Annual administration report of the Civil Veterinary Department of India - 1899-1900
Year: 1899
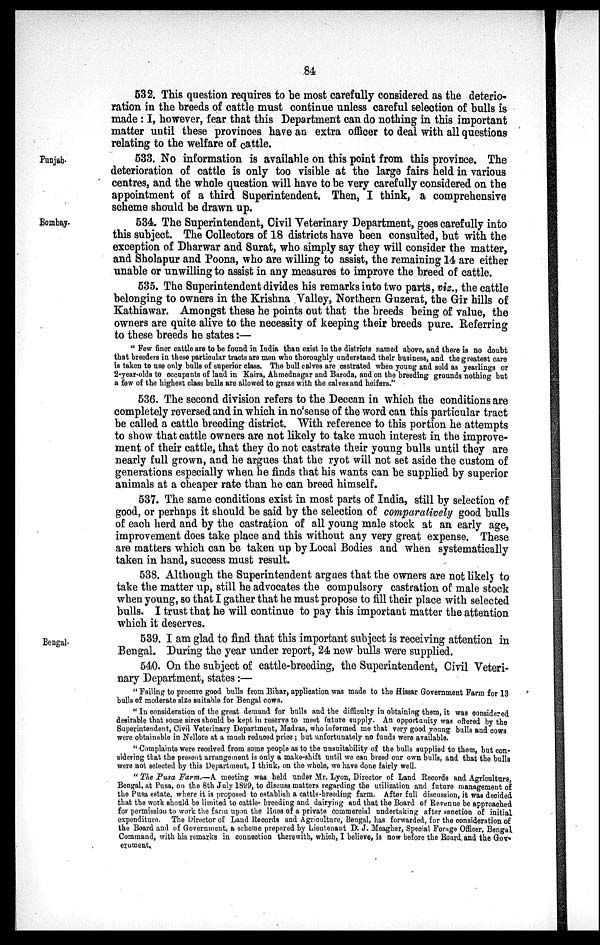
84
532. This question requires to be most carefully considered as the deterio-
ration in the breeds of cattle must continue unless careful selection of bulls is
made: I, however, fear that this Department can do nothing in this important
matter until these provinces have an extra officer to deal with all questions
relating to the welfare of cattle.
Punjab.
533. No information is available on this point from this province. The
deterioration of cattle is only too visible at the large fairs held in various
centres, and the whole question will have to be very carefully considered on the
appointment of a third Superintendent. Then, I think, a comprehensive
scheme should be drawn up.
Bombay.
534. The Superintendent, Civil Veterinary Department, goes carefully into
this subject. The Collectors of 18 districts have been consulted, but with the
exception of Dharwar and Surat, who simply say they will consider the matter,
and Sholapur and Poona, who are willing to assist, the remaining 14 are either
unable or unwilling to assist in any measures to improve the breed of cattle.
535. The Superintendent divides his remarks into two parts, viz., the cattle
belonging to owners in the Krishna Valley, Northern Guzerat, the Gir hills of
Kathiawar. Amongst these he points out that the breeds being of value, the
owners are quite alive to the necessity of keeping their breeds pure. Referring
to these breeds he states:—
"Few finer cattle are to be found in India than exist in the districts named above, and there is no doubt
that breeders in these particular tracts are men who thoroughly understand their business, and the greatest care
is taken to use only bulls of superior class. The bull calves are castrated when young and sold as yearlings or
2-year-olds to occupants of land in Kaira, Ahmednagar and Baroda, and on the breeding grounds nothing but
a few of the highest class bulls are allowed to graze with the calves and heifers."
536. The second division refers to the Deccan in which the conditions are
completely reversed and in which in no sense of the word can this particular tract
be called a cattle breeding district. With reference to this portion he attempts
to show that cattle owners are not likely to take much interest in the improve-
ment of their cattle, that they do not castrate their young bulls until they are
nearly full grown, and he argues that the ryot will not set aside the custom of
generations especially when he finds that his wants can be supplied by superior
animals at a cheaper rate than he can breed himself.
537. The same conditions exist in most parts of India, still by selection of
good, or perhaps it should be said by the selection of comparatively good bulls
of each herd and by the castration of all young male stock at an early age,
improvement does take place and this without any very great expense. These
are matters which can be taken up by Local Bodies and when systematically
taken in hand, success must result.
538. Although the Superintendent argues that the owners are not likely to
take the matter up, still he advocates the compulsory castration of male stock
when young, so that I gather that he must propose to fill their place with selected
bulls. I trust that he will continue to pay this important matter the attention
which it deserves.
Bengal.
539. I am glad to find that this important subject is receiving attention in
Bengal. During the year under report, 24 new bulls were supplied.
540. On the subject of cattle-breeding, the Superintendent, Civil Veteri-
nary Department, states:—
"Failing to procure good bulls from Bihar, application was made to the Hissar Government Farm for 13
bulls of moderate size suitable for Bengal cows.
"In consideration of the great demand for bulls and the difficulty in obtaining them, it was considered
desirable that some sires should be kept in reserve to meet future supply. An opportunity was offered by the
Superintendent, Civil Veterinary Department, Madras, who informed me that very good young bulls and cows
were obtainable in Nellore at a much reduced price; but unfortunately no funds were available.
"Complaints were received from some people as to the unsuitability of the bulls supplied to them, but con-
sidering that the present arrangement is only a make-shift until we can breed our own bulls, and that the bulls
were not selected by this Department, I think, on the whole, we have done fairly well.
"The Pusa Farm.—A. meeting was held under Mr. Lyon, Director of Land Records and Agriculture
Bengal, at Pusa, on the 8th July 1889, to discuss matters regarding the utilization and future management of
the Pusa estate, where it is proposed to establish a cattle-breeding farm. After full discussion, it was decided
that the work should be limited to cattle- breeding and dairying and that the Board of Revenue be approached
for permission to work the farm upon the lines of a private commercial undertaking after sanction of initial
expenditure. The Director of Land Records and Agriculture, Bengal, has forwarded, for the consideration of
the Board and of Government, a scheme prepared by Lieutenant D. J. Meagher, Special Forage Officer, Bengal
Command, with his remarks in connection therewith, which, I believe, is now before the Board, and the Gov-
ernment.